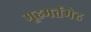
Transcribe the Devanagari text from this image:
मूहमर्तमेढ